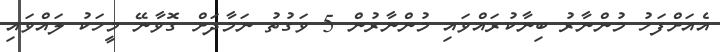
އެއަށްފަހު މުންނާރު ބިނާކުރައްވައި މުންނާރުން 5 ވަގުތު ނަމާދަށް ގޮވާނޭ މީހަކު ލައްވައި